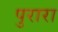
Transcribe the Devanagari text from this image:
पुरारा